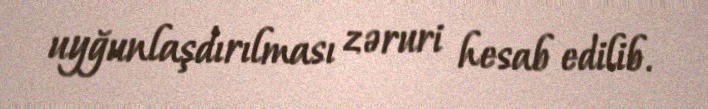
uyğunlaşdırılması zəruri hesab edilib.